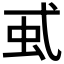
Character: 𧈱